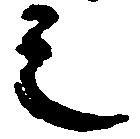
之